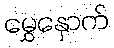
မွှေနှောက်